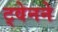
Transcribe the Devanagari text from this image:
ट्वेनने